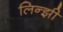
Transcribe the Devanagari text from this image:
लिन्झी